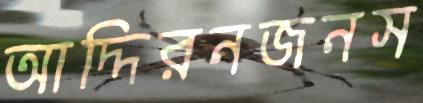
আদ্দিরনজনস